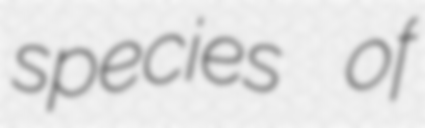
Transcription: species of